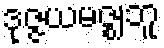
ဒုဇ္ဇယမဇ္ဈဘူ